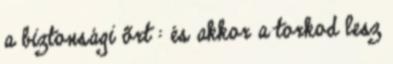
a biztonsági õrt : és akkor a torkod lesz